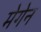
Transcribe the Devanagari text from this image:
मेगेन